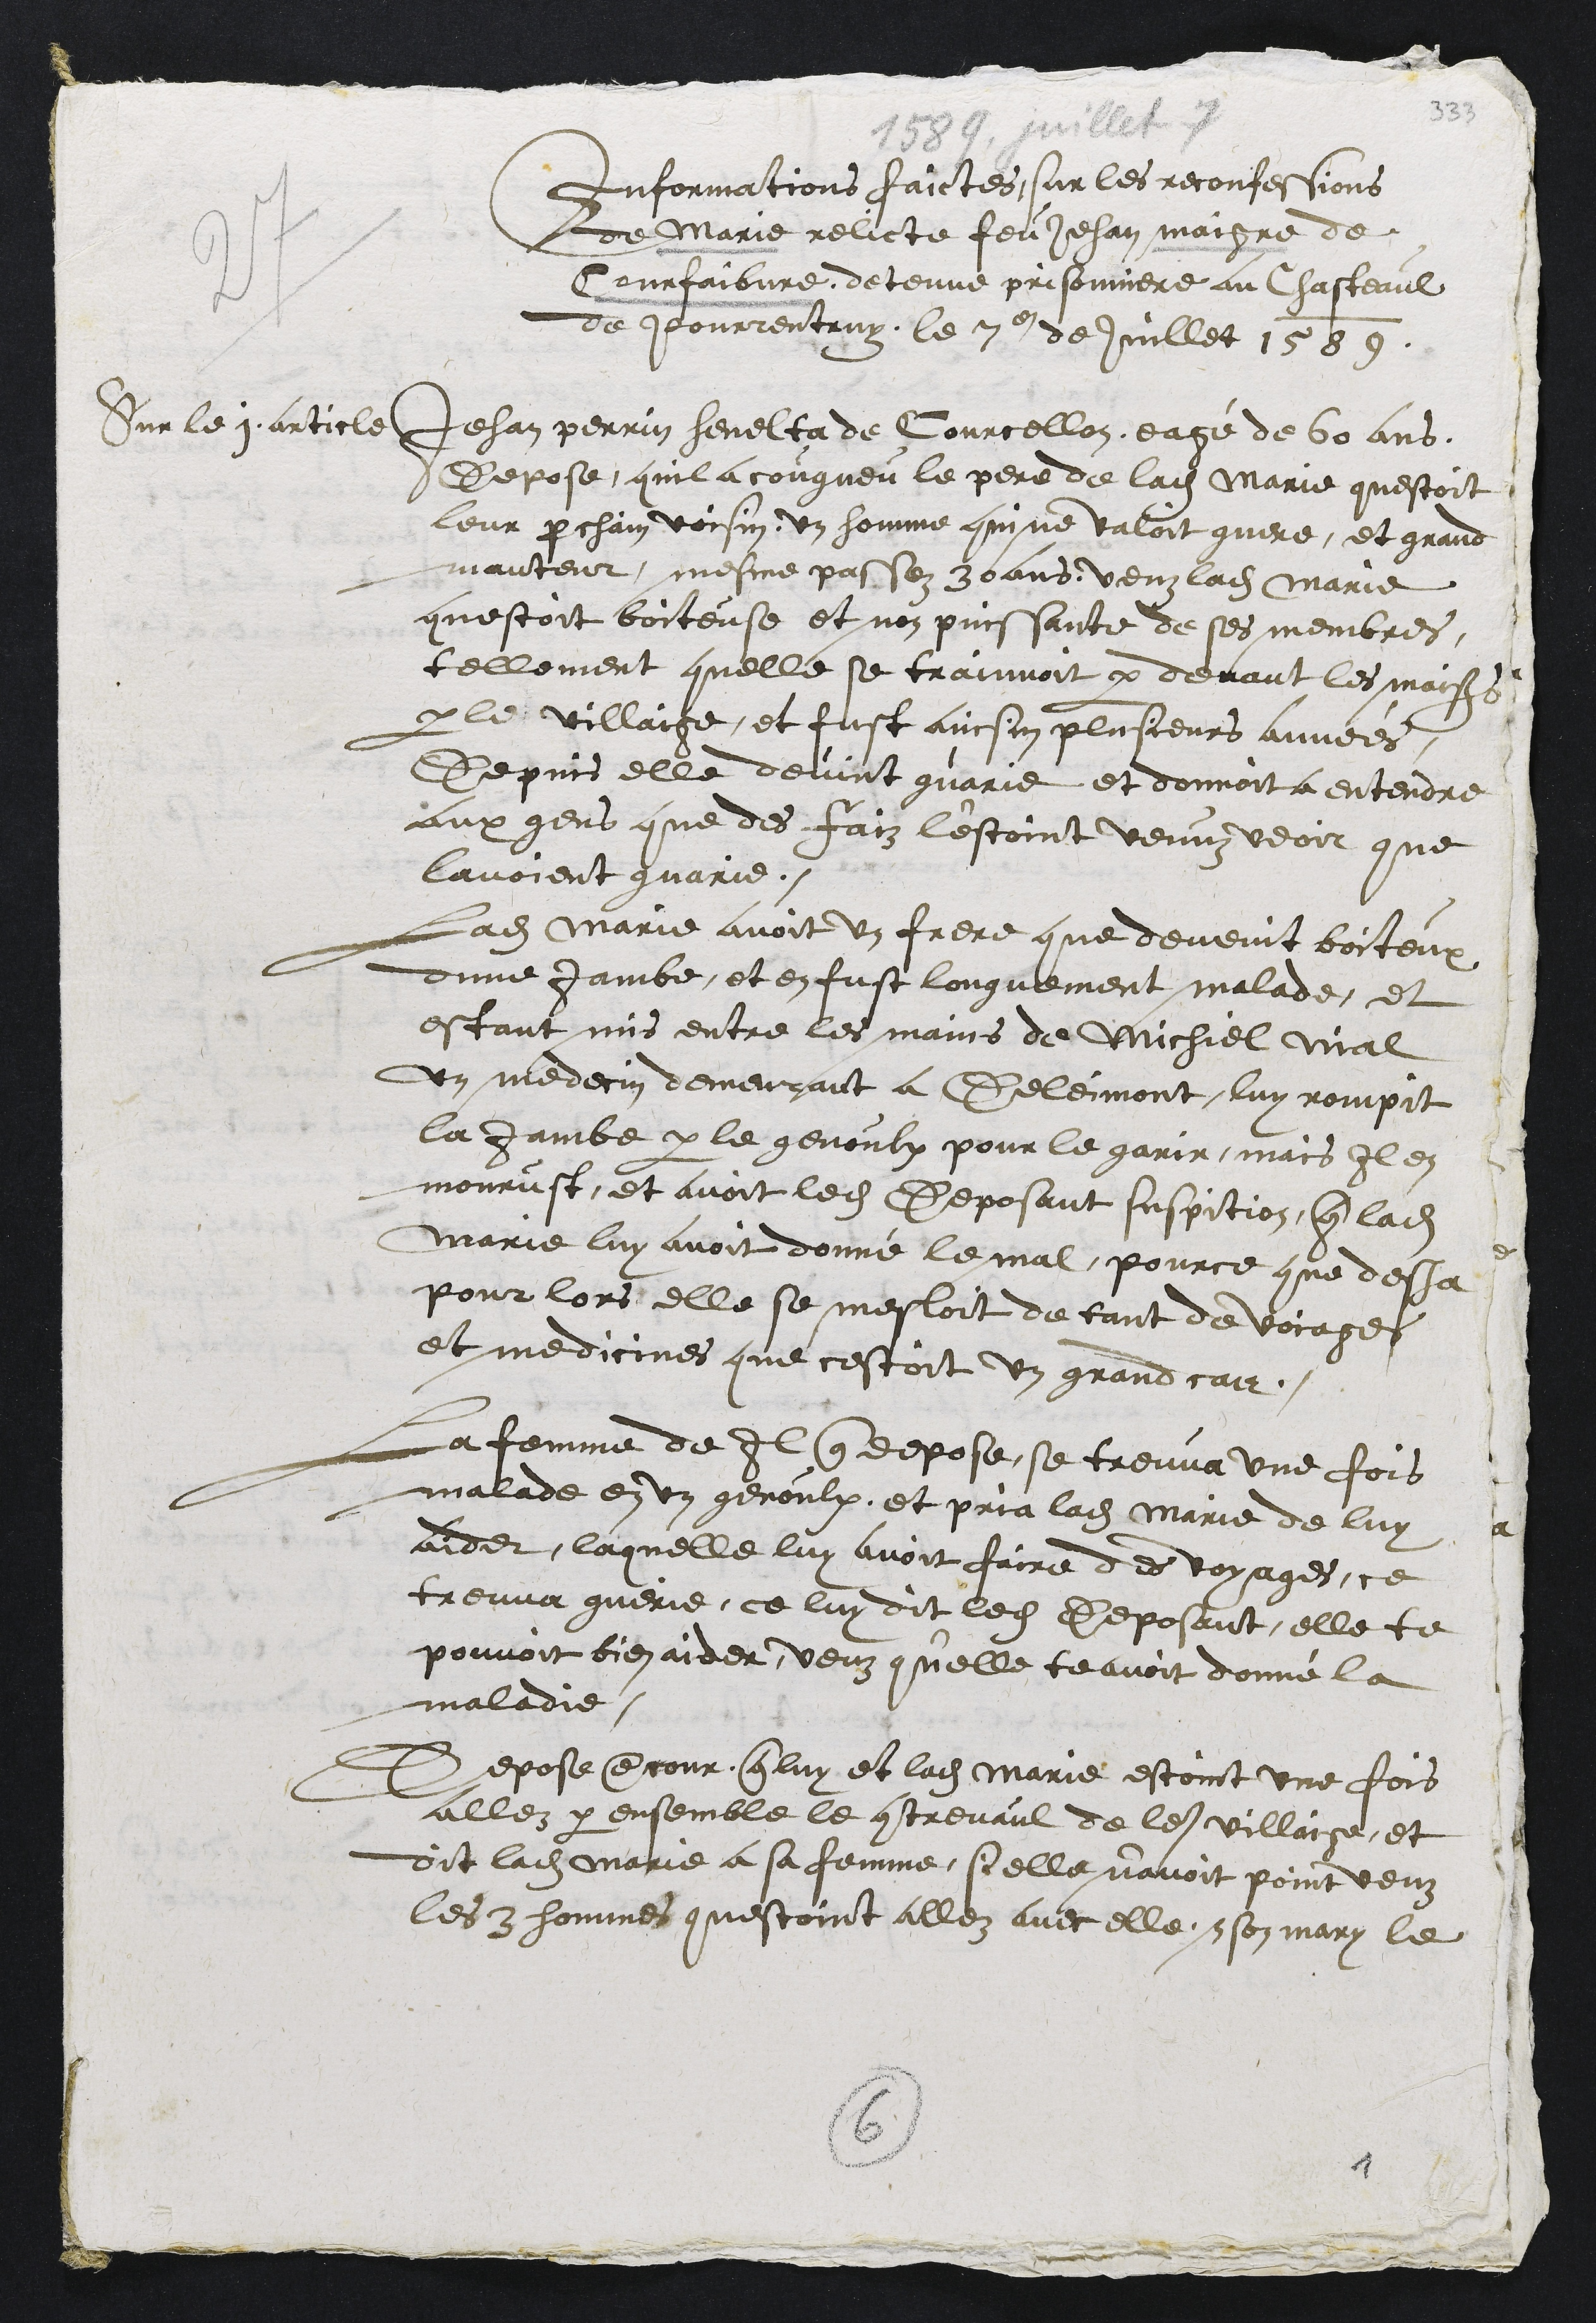
Informations faictes, sur les reconfessions
de Marie relicte feu Jehan maigre de
Courfaibvre, detenue prisonniere au Chasteaul
de Pourrentruy, le 7e de Juillet 1589.
Sur le 1 article
Jehan Perrin henelta de Courcellon, eagé de 60 ans,
Depose quil a cougneu le pere de ladite Marie questoit
leur prochain voisin un homme qui ne valoit quere, et grand
manteur, mesme passez 30 ans, veuz ladite Marie
questoit boiteuse et non puissante de ses membres,
tellement quelle se trainnoit par devant les maisons,
par le villaige, et fust ainsin plusieurs années,
Depuis elle devint guarie et donnoit a entendre
aux gens que des faiz l'estoint venuz veoir que
lavoient guarie.
Ladite Marie avoit un frere que deveint boiteux
dune jambe, et en fust longuement malade, et
estant mis entre les mains de Michiel Nial
un medecin demeurant a Delémont, luy rompit
la jambe par le genoulx pour le garir, mais Il en
mourust, et avoit ledit deposant suspition, que ladite
Marie luy avoit donné le mal, pource que desja
pour lors elle se mesloit de tant de voiages
et medicines que cestoit un grand cas.
La femme de Il que depose se treuva une fois
malade en un genoulx, et pria ladite Marie de luy
aider, laquelle luy avoit faire des voyages, ce
treuva guerie, ce luy dit ledit Deposant, elle te
pouvoit bien aider veuz quelle te avoit donné la
maladie.
Depose encour que luy et ladite Marie estoint une fois
allez par ensemble le contrevaul de le villaige, et
dit ladite Marie a sa femme si elle navoit point veuz
les 3 hommes questoint allez avec elle et son mary le
6
1